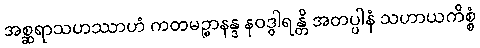
အစ္ဆရာသဟဿာဟံ ကတမဉ္စာနန္ဒ နဝဒွါရန္တိ အတပ္ပါနံ သဟာယကိစ္စံ